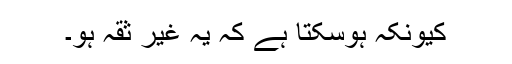
کیونکہ ہوسکتا ہے کہ یہ غیر ثقہ ہو۔